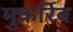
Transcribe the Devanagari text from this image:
मुक़र्रिब